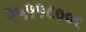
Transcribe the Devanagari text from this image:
२५११८००९